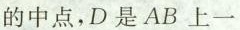
的中点，D是AB上一